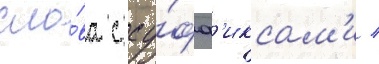
сло́ва с су́фф'иксам'и /